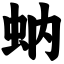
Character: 蚋